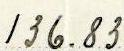
136.83